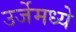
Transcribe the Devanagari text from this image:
उर्जेमध्ये